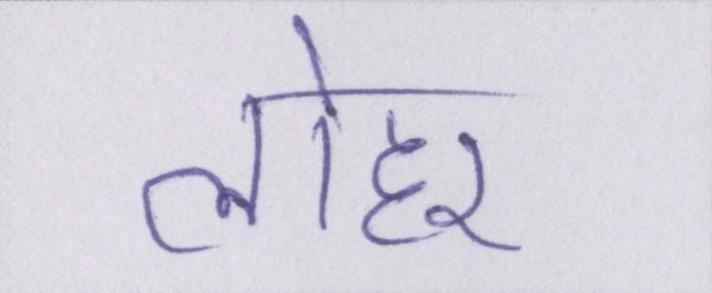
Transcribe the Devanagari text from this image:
लोहार